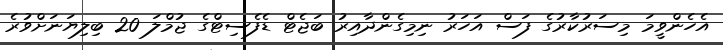
އެހެންވީމަ މިސަރުކާރުގެ ފަސް އަހަރު ނިމިގެންދާއިރު ބަޖެޓް ޑެފެސިޓްގެ ޖުމްލަ 20 ބިލިޔަނަށްވުރެ